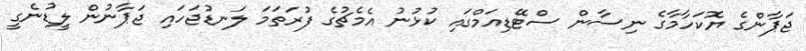
ޖަޕާންގެ ޔޮކަހާމާގެ ނިސާން ސްޓޭޑިއަމްގައި ކުޅުނު އެމެޗުގެ ފުރަތަމަ ލަނޑުޖަހައި ޖަޕާނުން ލީޑުނެގީ